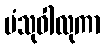
ပံသုဝါလုကာ